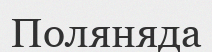
Поляняда